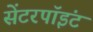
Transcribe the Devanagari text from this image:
सेंटरपॉइंट